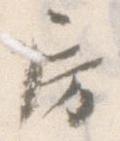
房